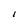
Character: I